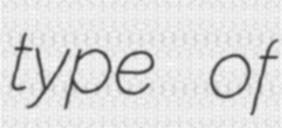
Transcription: type of